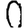
Digit: 0